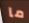
ما